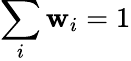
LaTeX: \sum_{i}\mathbf{w}_{i}=1